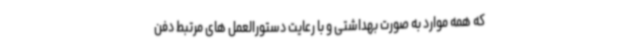
که همه موارد به صورت بهداشتی و با رعایت دستورالعمل های مرتبط دفن